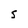
Character: S